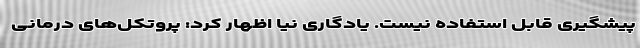
پیشگیری قابل استفاده نیست. یادگاری نیا اظهار کرد: پروتکل‌های درمانی